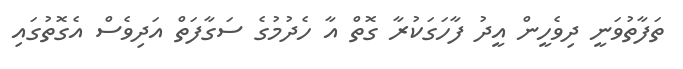
ތަފާތުވަނީ ދިވެހީން އީދު ފާހަގަކުރާ ގޮތް އާ ހެދުމުގެ ސަގާފަތް އަދިވެސް އެގޮތުގައި